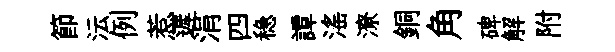
節沄例惹遲涓四稳譚滛潦銅角碑解附